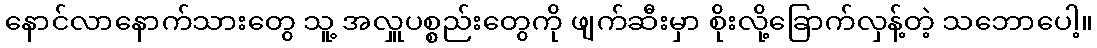
နောင်လာနောက်သားတွေ သူ့ အလှူပစ္စည်းတွေကို ဖျက်ဆီးမှာ စိုးလို့ခြောက်လှန့်တဲ့ သဘောပေါ့။